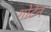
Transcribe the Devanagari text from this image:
गोटेन